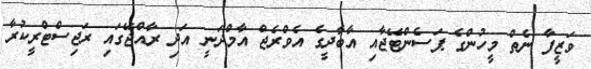
ވަޒީފާ ނެތް މީހުންގެ ޕަސެންޓޭޖާއި އާބާދީގެ އެވްރެޖް އާމްދަނީ އަދި ރާއްޖޭގައި ރަޖިސްޓްރީކުރާ